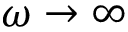
\omega \rightarrow \infty